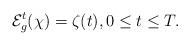
LaTeX: \begin{align*}\mathcal{E}_{g}^{t}(\chi )=\zeta (t),0\leq t\leq T. \end{align*}